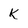
Character: k